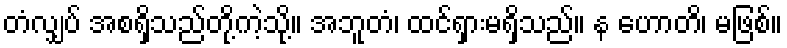
တံလျှပ် အစရှိသည်တို့ကဲ့သို့။ အဘူတံ၊ ထင်ရှားမရှိသည်။ န ဟောတိ၊ မဖြစ်။